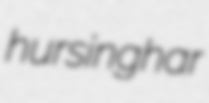
hursinghar